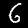
Label: 6